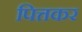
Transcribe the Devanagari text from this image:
पित्तकर